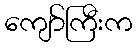
ကျော်ကြီးက